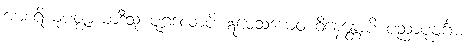
အာစရိယုပဇ္ဈာယာဒီသု ပုဂ္ဂလောပိ ဣမေသံယေဝ ဝိနေန္တောပိ ပညာပုဗ္ဗင်္ဂမံ